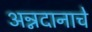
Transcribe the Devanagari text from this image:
अन्नदानाचे